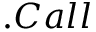
. C a l l